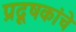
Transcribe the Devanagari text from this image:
प्रदूषकांचे